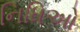
નિધિઓ